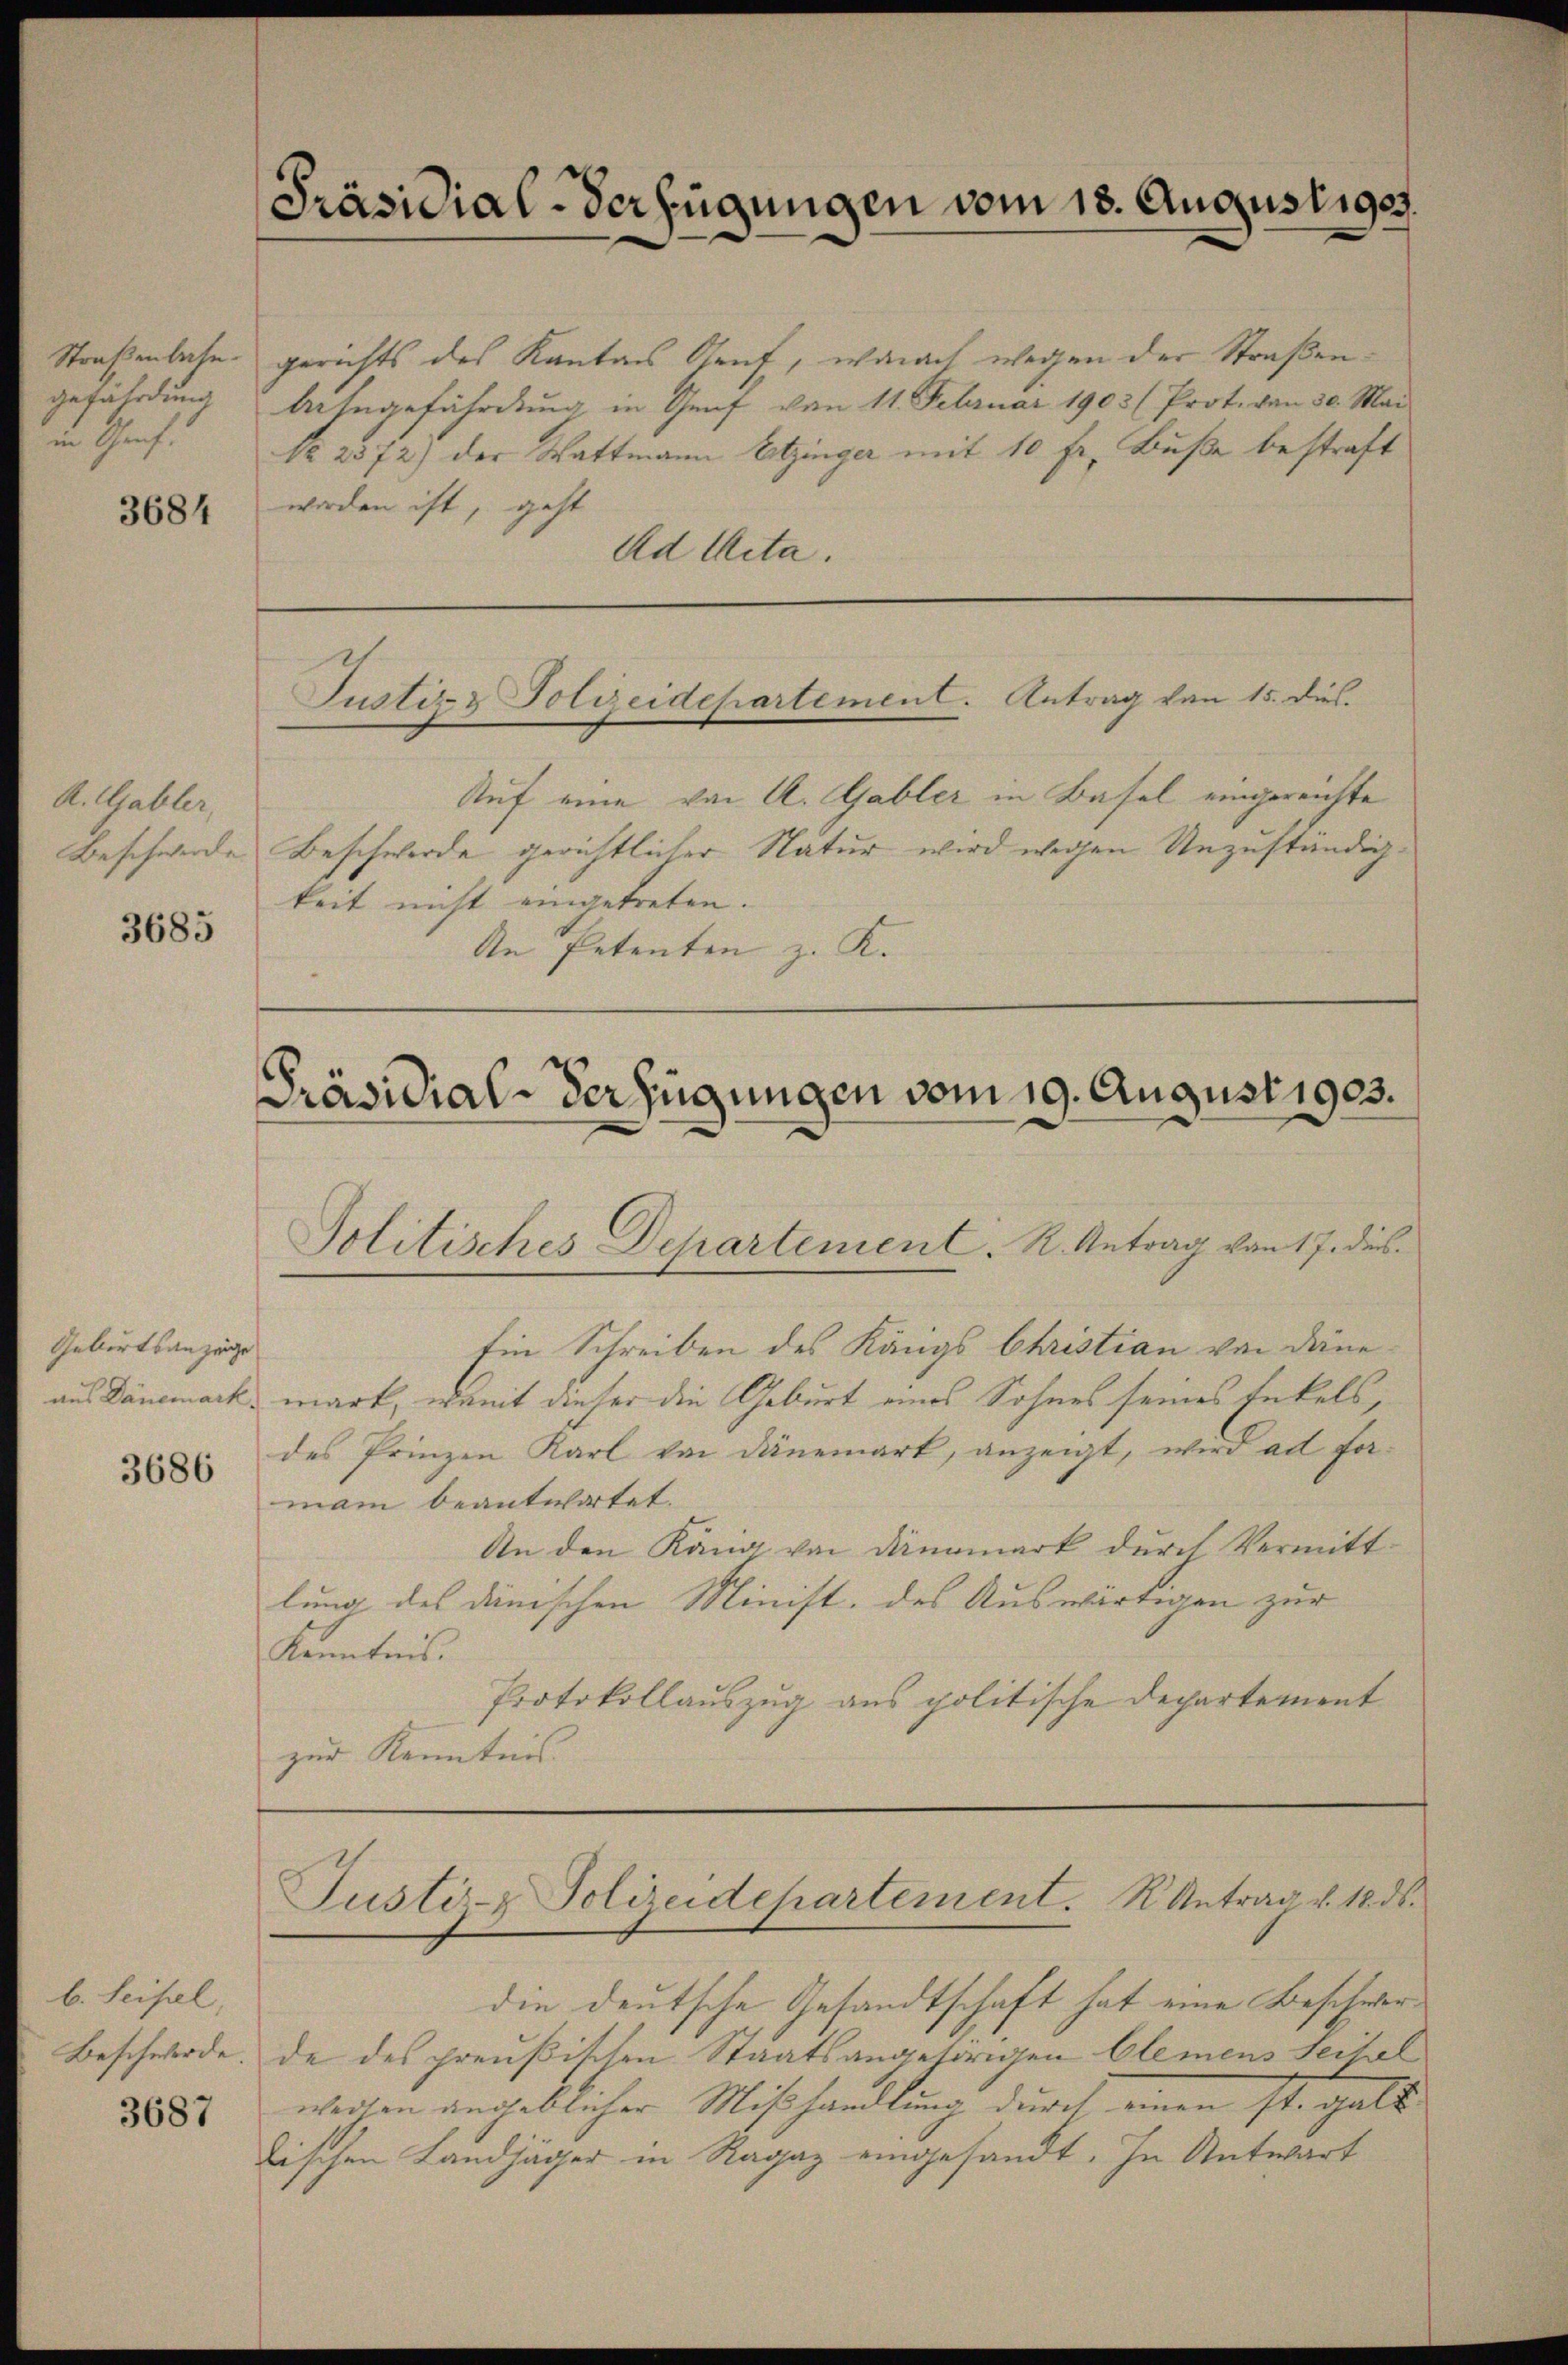
Präsidial-Verfügungen vom 18. August 1905

gerichts des Kantons Genf, wonach wegen der Straßen¬
Asegefährdung in Genf von 11. Februar 1903 (Prot. von 30. Mai
No 2572) der Wattmann Eitzinger mit 10 fr. Buße bestraft
worden ist, geht
Ad Acta.

Straßenbahn.
gefährdung
in Ges.

3684

Justiz & Polizeidepartement. Antrag von 15. dies.

Beschwerde Beschwerde gerichtlicher Natur wird wegen Unzuständigkeit nicht eingetreten.
An Petenten z. K.

A. Gabler,
3685

Auf eine von A. Gabler in Basel eingereichte

Präsidial-Verfügungen vom 19. August 1903.
Politisches Departement. R. Antrag von 17. dies

Ein Schreiben des Königs Christian von Dänemark, womit dieser die Geburt eines Sohnes seines Enkels,
des Prinzen Karl von Dänemark, anzeigt, wird ad forman beantwortet.
An den Köng von Dannmark durch Vermittlung des dänischen Minist, des Auswärtigen zur
Kenntnis.
Protokollauszug aus politische Departement
zur Kenntnis.

Gebietsanzeige
aus Dänemark

3686

Justi- Polizeidchartement. K. Antrag v. 18. ds.

die deutsche Gesandtschaft hat eine Beschwerde des preußischen Staatsangetorigen Clemens Seitel
weilen angeblicher Mißhandlung durch einen ste galt
lischen Landjäger in Ragaz eingesandt. In Antwort

b. Seifel,
Beschwerde.

3687